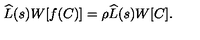
\widehat { L } ( s ) W [ f ( C ) ] = \rho \widehat { L } ( s ) W [ C ] .